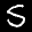
Label: 5